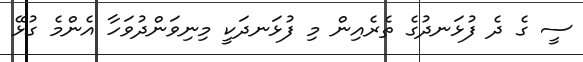
ސީ ގެ ދެ ފުޅަނދުގެ ތެރެއިން މި ފުޅަނދަކީ މިނިވަންދުވަހާ އެންމެ ގުޅޭ